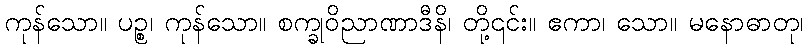
ကုန်သော။ ပဉ္စ၊ ကုန်သော။ စက္ခုဝိညာဏာဒီနိ၊ တို့၎င်း။ ဧကာ၊ သော။ မနောဓာတု၊